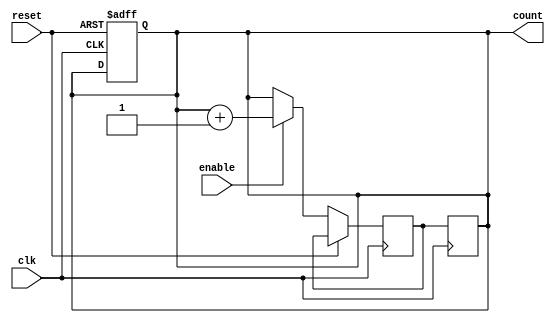
module BCD_Up_Counter (
  input wire clk,
  input wire reset,
  input wire enable,
  output reg [3:0] count
);

reg [3:0] next_count;

always @(posedge clk or posedge reset) begin
  if (reset) begin
    count <= 4'b0000;
  end else begin
    if (enable) begin
      next_count <= count + 4'b0001;
    end else begin
      next_count <= count;
    end
  end
end

always @(posedge clk) begin
  count <= next_count;
end

endmodule